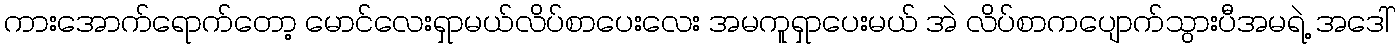
ကားအောက်ရောက်တော့ မောင်လေးရှာမယ်လိပ်စာပေးလေး အမကူရှာပေးမယ် အဲ လိပ်စာကပျောက်သွားပီအမရဲ့ အဒေါ်